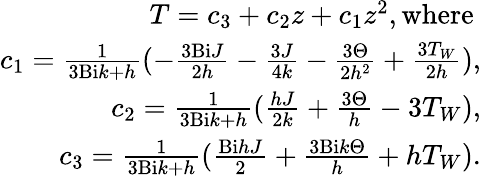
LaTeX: \begin{array}{r}{T=c_{3}+c_{2}z+c_{1}z^{2},\mathrm{where}\ }\\ {c_{1}=\frac{1}{3\mathrm{Bi}k+h}(-\frac{3\mathrm{Bi}J}{2h}-\frac{3J}{4k}-\frac{3\Theta}{2h^{2}}+\frac{3T_{W}}{2h}),}\\ {c_{2}=\frac{1}{3\mathrm{Bi}k+h}(\frac{hJ}{2k}+\frac{3\Theta}{h}-3T_{W}),}\\ {c_{3}=\frac{1}{3\mathrm{Bi}k+h}(\frac{\mathrm{Bi}hJ}{2}+\frac{3\mathrm{Bi}k\Theta}{h}+hT_{W}).}\end{array}